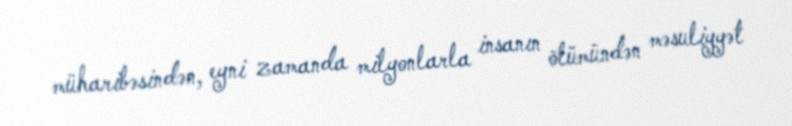
müharibəsindən, eyni zamanda milyonlarla insanın ölümündən məsuliyyət